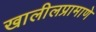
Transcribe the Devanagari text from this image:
खालीलप्रामाणे